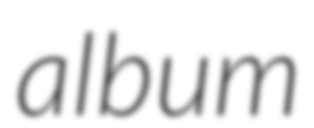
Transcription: album